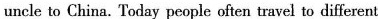
uncle to China. Today people often travel to different